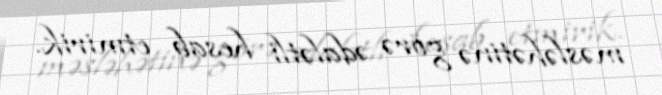
məsləhətinə görə ədalətli hesab etmirik.